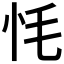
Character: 𢗳